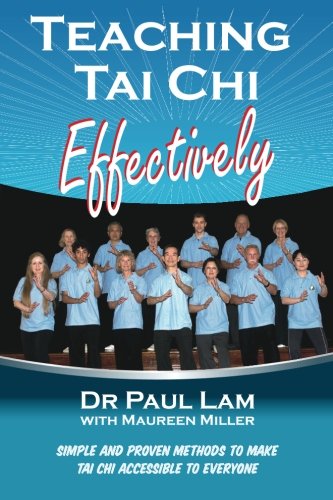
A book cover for Teaching Tai Chi Effectively: Simple and Proven Methods to Make Tai Chi Accessible to Everyone; Dr. Paul Lam; Health, Fitness & Dieting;